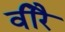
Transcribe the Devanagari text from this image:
वीरै